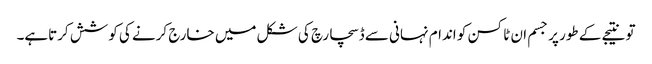
تو نتیجے کے طور پر جسم ان ٹاکسن کو اندام نہانی سے ڈسچارچ کی شکل میں خارج کرنے کی کوشش کرتاہے۔